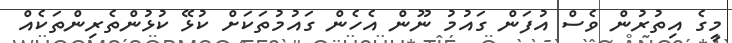
މީގެ އިތުރުން ވެސް އުފަން ގައުމު ނޫން އެހެން ގައުމުތަކަށް ކުޅޭ ކުޅުންތެރިންތަކެއް